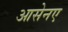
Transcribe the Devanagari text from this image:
आसेनए